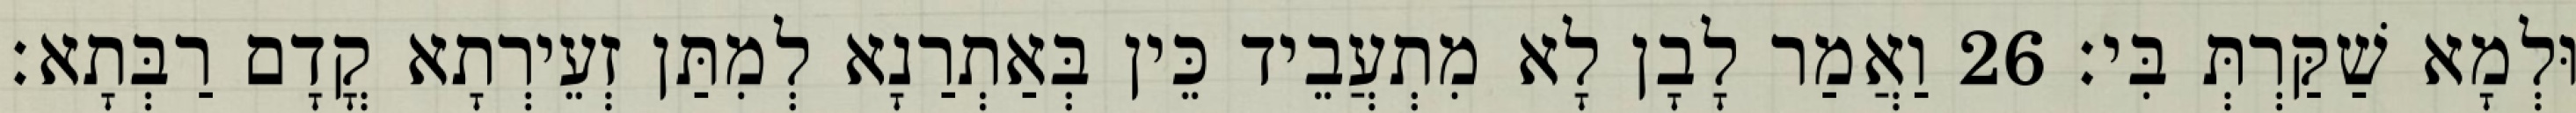
וּלְמָא שַׁקַּרְתְּ בִּי׃ 26 וַאֲמַר לָבָן לָא מִתְעֲבֵיד כֵּין בְּאַתְרַנָא לְמִתַּן זְעֵירְתָא קֳדָם רַבְּתָא׃